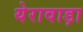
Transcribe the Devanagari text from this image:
येरावाड़ा